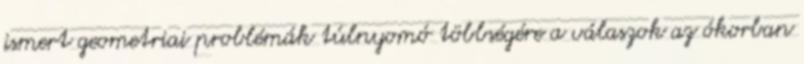
ismert geometriai problémák túlnyomó többségére a válaszok az ókorban